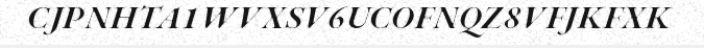
CJPNHTA1WVXSV6UCOFNQZ8VFJKFXK